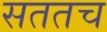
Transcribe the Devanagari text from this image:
सततच